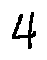
4